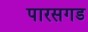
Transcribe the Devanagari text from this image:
पारसगड